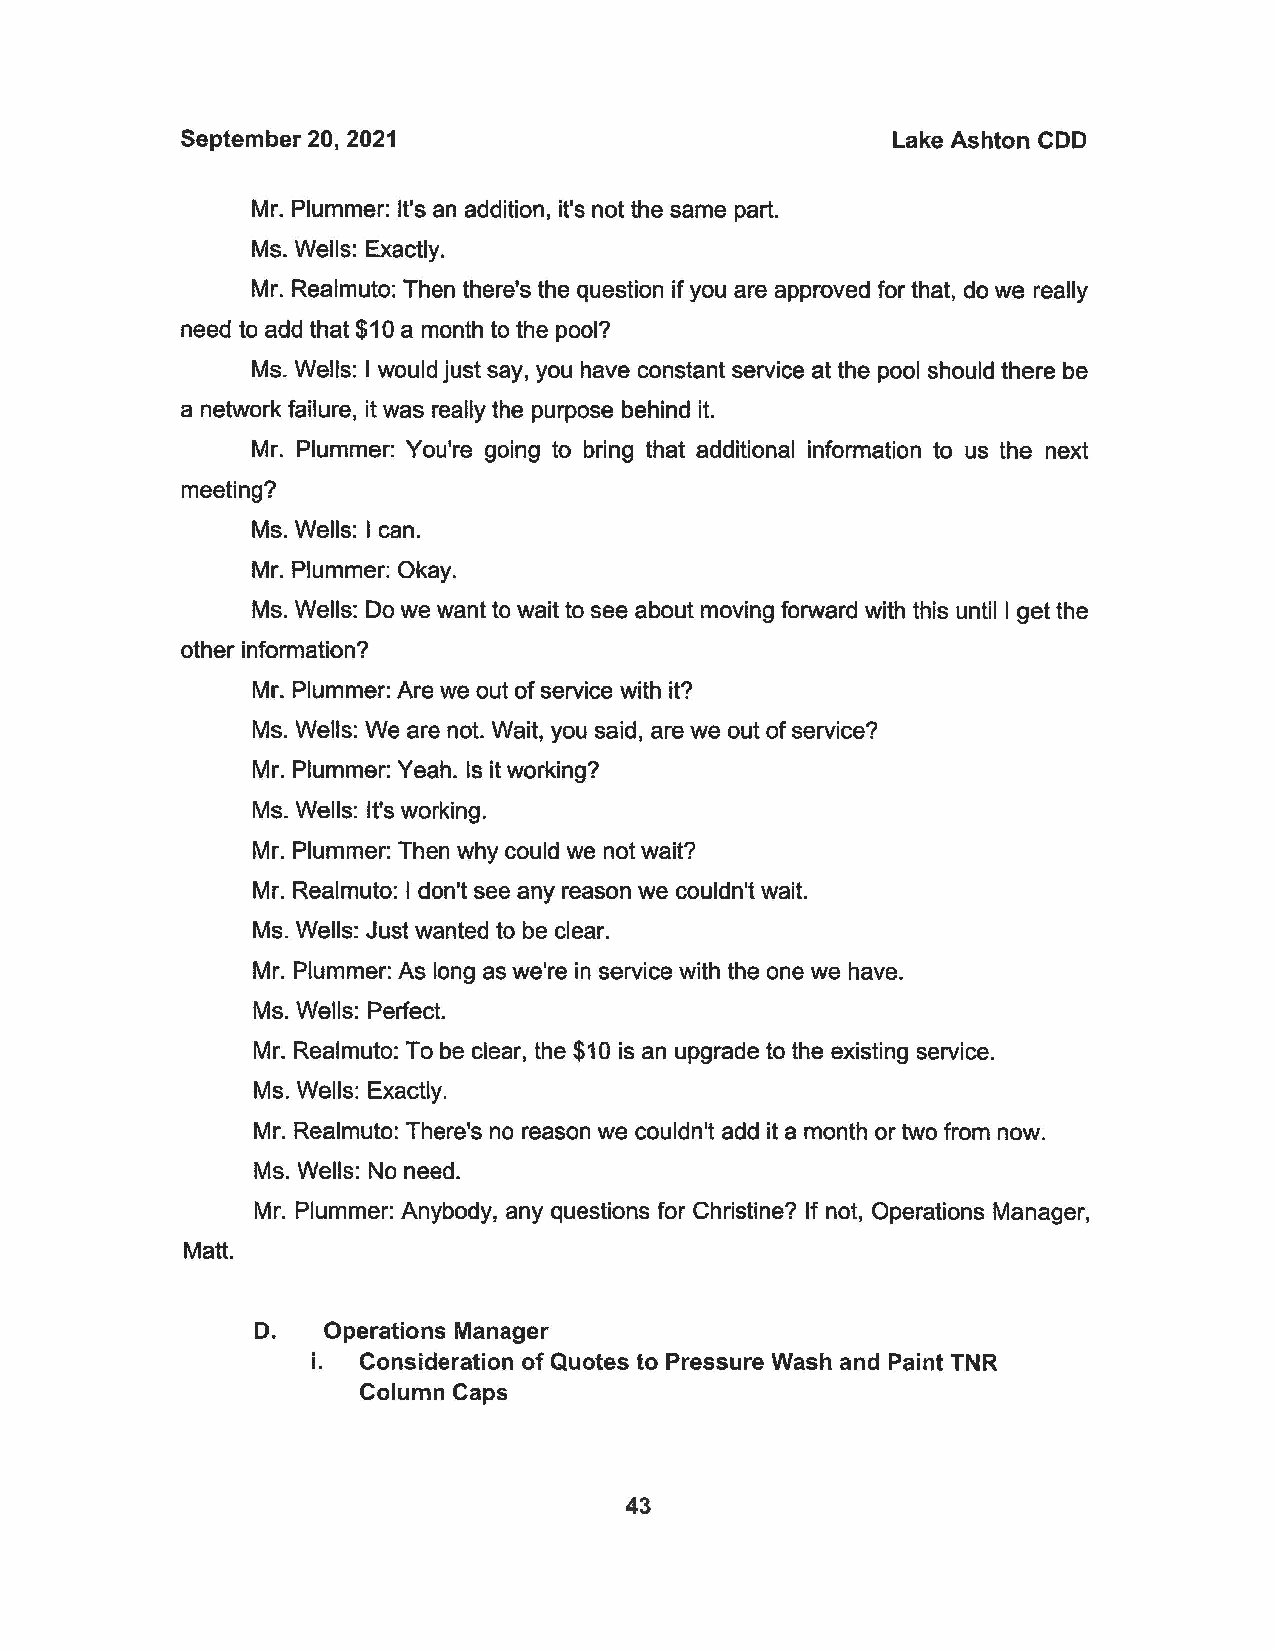
September 20, 2021                             Lake Ashton CDD
 Mr. Plummer: It's an addition, it's not the same part.
 Ms. Wells: Exactly.
 Mr. Realmuto: Then there's the question if you are approved for that, do we really
 need to add that $10 a month to the pool?
 Ms. Wells: I would just say, you have constant service at the pool should there be
 a network failure, it was really the purpose behind it.
 Mr. Plummer: You're going to bring that additional information to us the next
 meeting?
 Ms. Wells: I can.
 Mr. Plummer: Okay.
 Ms. Wells: Do we want to wait to see about moving forward with this until I get the
 other information?
 Mr. Plummer: Are we out of service with it?
 Ms. Wells: We are not. Wait, you said, are we out of service?
 Mr. Plummer: Yeah. Is it working?
 Ms. Wells: It's working.
 Mr. Plummer: Then why could we not wait?
 Mr. Realmuto: I don't see any reason we couldn't wait.
 Ms. Wells: Just wanted to be clear.
 Mr. Plummer: As long as we're in service with the one we have.
 Ms. Wells: Perfect.
 Mr. Realmuto: To be clear, the $10 is an upgrade to the existing service.
 Ms. Wells: Exactly.
 Mr. Realmuto: There's no reason we couldn't add it a month or two from now.
 Ms. Wells: No need.
 Mr. Plummer: Anybody, any questions for Christine? If not, Operations Manager,
 Matt.
 D.  Operations Manager
 i. Consideration of Quotes to Pressure Wash and Paint TNR
 Column Caps
 43